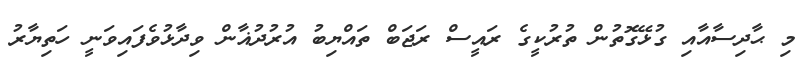
މި ޙާދިސާއާއި ގުޅޭގޮތުން ތުރުކީގެ ރައީސް ރަޖަބް ތައްޔިބު އުރުދުޣާން ވިދާޅުވެފައިވަނީ ހަތިޔާރު